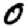
Digit: 0